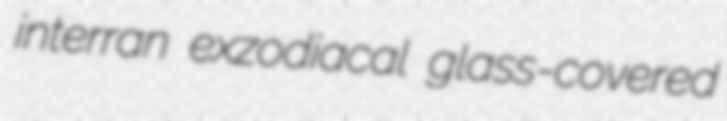
interran exzodiacal glass-covered